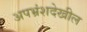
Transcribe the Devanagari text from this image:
अपभ्रंशदेखील